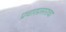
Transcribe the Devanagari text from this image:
प्रचारप्रसाराचा